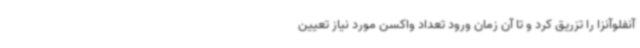
آنفلوآنزا را تزریق کرد و تا آن زمان ورود تعداد واکسن مورد نیاز تعیین